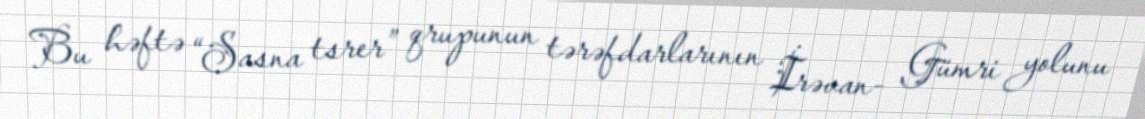
Bu həftə “Sasna tsrer” qrupunun tərəfdarlarının İrəvan- Gümri yolunu